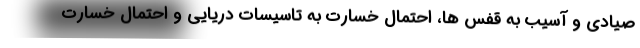
صیادی و آسیب به قفس ها، احتمال خسارت به تاسیسات دریایی و احتمال خسارت